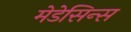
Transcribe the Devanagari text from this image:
मेडेसिन्स